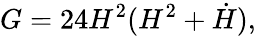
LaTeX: G=24H^{2}(H^{2}+\dot{H}),